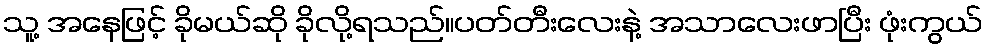
သူ့ အနေဖြင့် ခိုမယ်ဆို ခိုလို့ရသည်။ပတ်တီးလေးနဲ့ အသာလေးဖာပြီး ဖုံးကွယ်